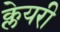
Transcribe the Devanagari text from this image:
क्लेयरी